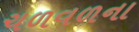
ચળવળના